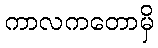
ကာလကတောမှိ